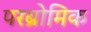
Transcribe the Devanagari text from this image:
परब्रोमिक